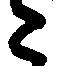
こ